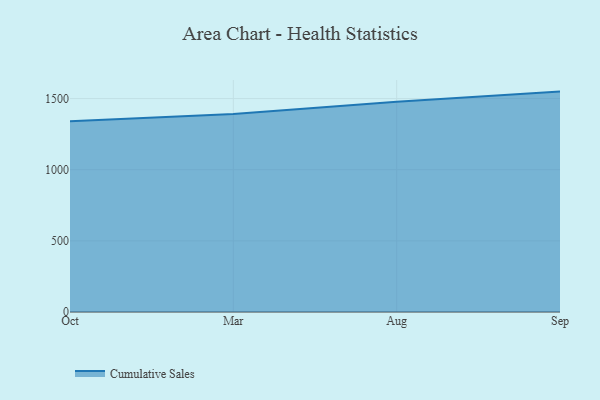
{"axis": {"x": "Month", "y": "Net Income (USD K)"}, "legend": ["Cumulative Sales"], "data": [{"x": "Oct", "y": 1340.1, "type": "Cumulative Sales"}, {"x": "Mar", "y": 1391.2, "type": "Cumulative Sales"}, {"x": "Aug", "y": 1477.9, "type": "Cumulative Sales"}, {"x": "Sep", "y": 1548.9, "type": "Cumulative Sales"}]}